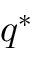
q ^ { * }